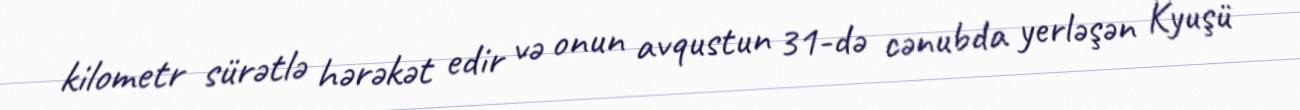
kilometr sürətlə hərəkət edir və onun avqustun 31-də cənubda yerləşən Kyuşü